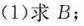
(1)求B；